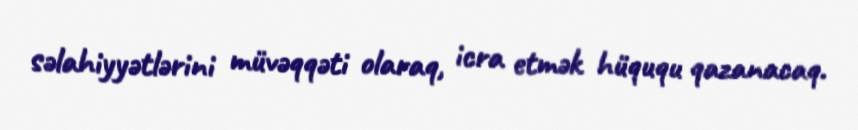
səlahiyyətlərini müvəqqəti olaraq, icra etmək hüququ qazanacaq.